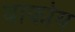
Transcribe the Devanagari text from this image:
बाकोय